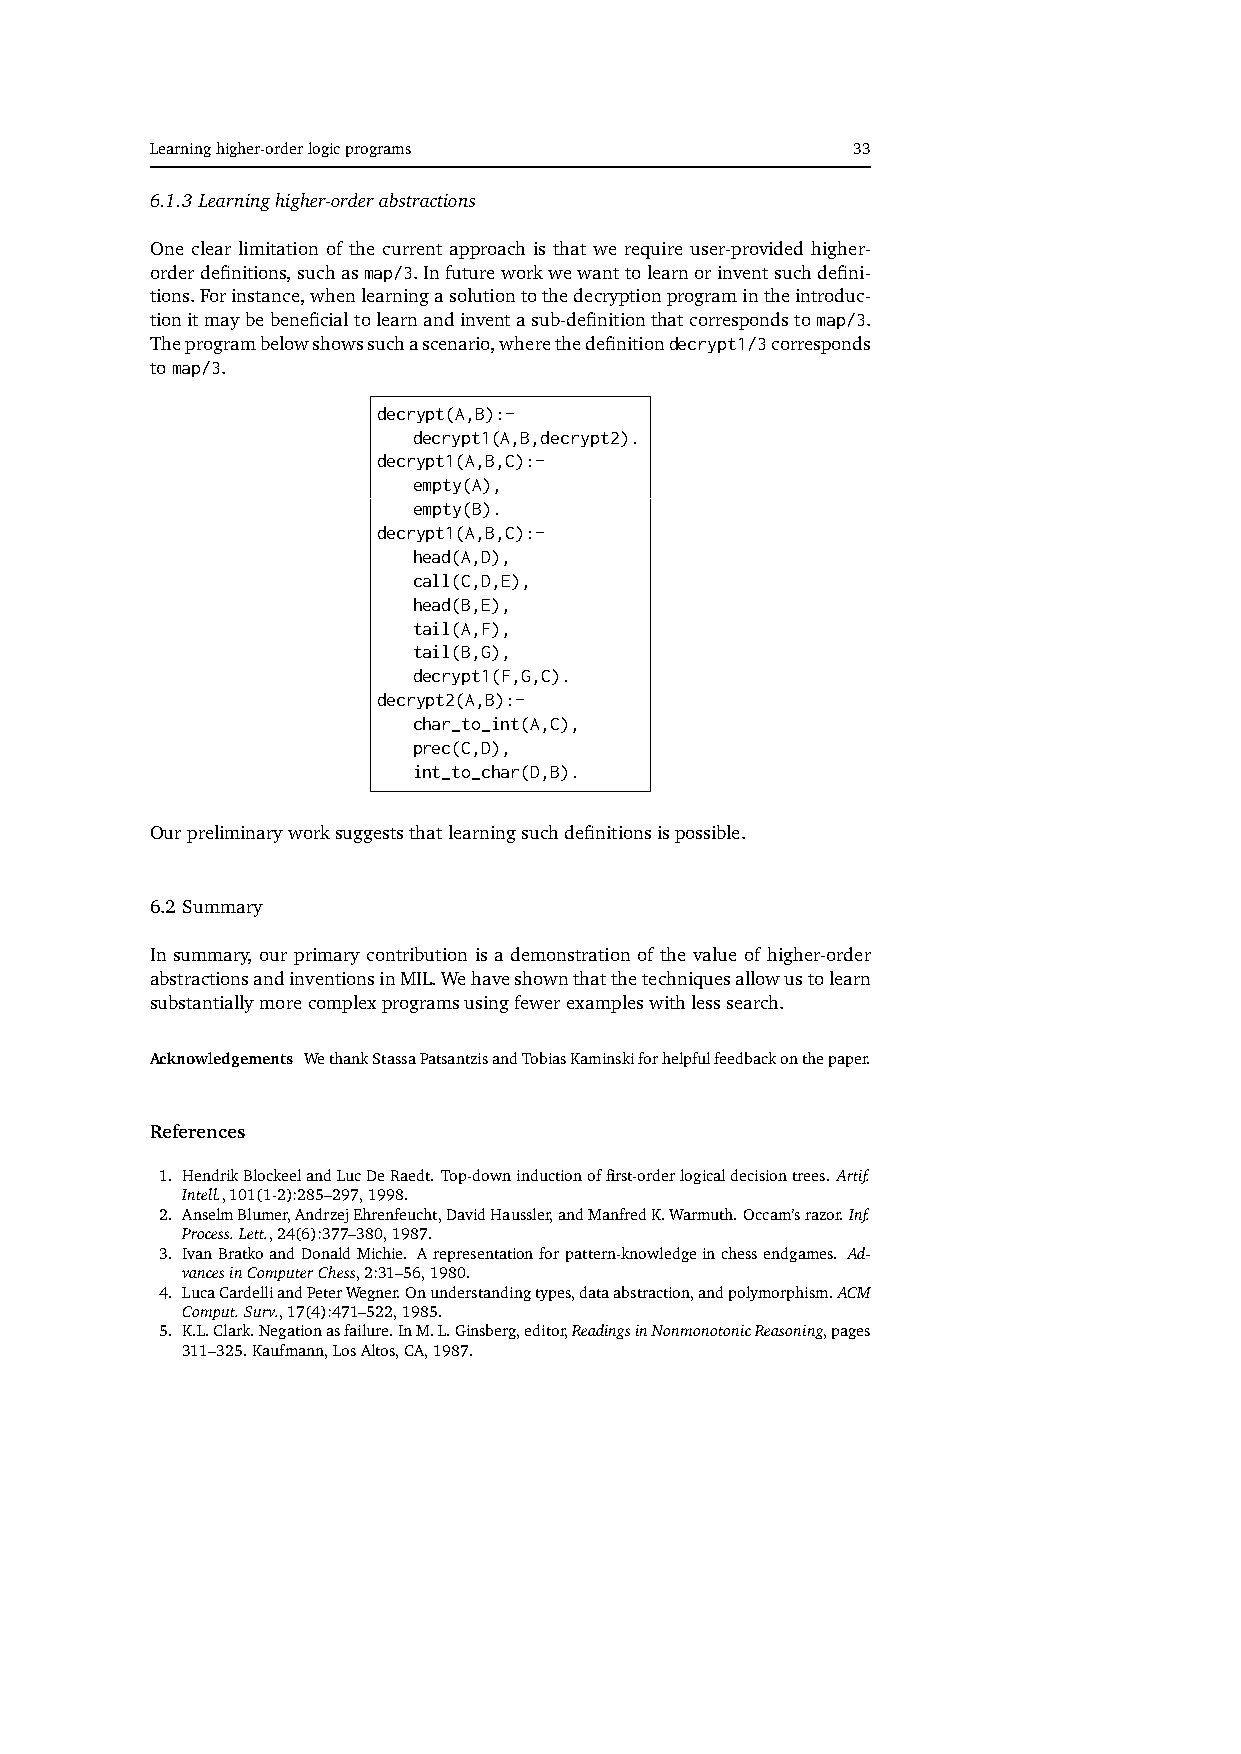
Learninghigher-orderlogicprograms             33
 6.1.3 Learninghigher-orderabstractions
 One clear limitation of the current approach is that we require user-provided higher-
 orderdefinitions,suchasmap/3.Infutureworkwewanttolearnorinventsuchdefini-
 tions.Forinstance,whenlearningasolutiontothedecryptionprogramintheintroduc-
 tionitmaybebeneficialtolearnandinventasub-definitionthatcorrespondstomap/3.
 Theprogrambelowshowssuchascenario,wherethedefinitiondecrypt1/3corresponds
 tomap/3.
 decrypt(A,B):-
 decrypt1(A,B,decrypt2).
 decrypt1(A,B,C):-
 empty(A),
 empty(B).
 decrypt1(A,B,C):-
 head(A,D),
 call(C,D,E),
 head(B,E),
 tail(A,F),
 tail(B,G),
 decrypt1(F,G,C).
 decrypt2(A,B):-
 char_to_int(A,C),
 prec(C,D),
 int_to_char(D,B).
 Ourpreliminaryworksuggeststhatlearningsuchdefinitionsispossible.
 6.2 Summary
 In summary, our primary contribution is a demonstration of the value of higher-order
 abstractionsandinventionsinMIL.Wehaveshownthatthetechniquesallowustolearn
 substantiallymorecomplexprogramsusingfewerexampleswithlesssearch.
 Acknowledgements WethankStassaPatsantzisandTobiasKaminskiforhelpfulfeedbackonthepaper.
 References
 1. HendrikBlockeelandLucDeRaedt. Top-downinductionoffirst-orderlogicaldecisiontrees. Artif.
 Intell.,101(1-2):285–297,1998.
 2. AnselmBlumer,AndrzejEhrenfeucht,DavidHaussler,andManfredK.Warmuth.Occam’srazor.Inf.
 Process.Lett.,24(6):377–380,1987.
 3. IvanBratkoandDonaldMichie. Arepresentationforpattern-knowledgeinchessendgames. Ad-
 vancesinComputerChess,2:31–56,1980.
 4. LucaCardelliandPeterWegner.Onunderstandingtypes,dataabstraction,andpolymorphism.ACM
 Comput.Surv.,17(4):471–522,1985.
 5. K.L.Clark.Negationasfailure.InM.L.Ginsberg,editor,ReadingsinNonmonotonicReasoning,pages
 311–325.Kaufmann,LosAltos,CA,1987.